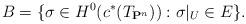
LaTeX: \begin{align*}B=\{\sigma\in H^0(c^\ast(T_{\mathbf P^n})):\sigma|_U\in E\}.\end{align*}